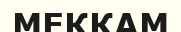
МЕККАМ